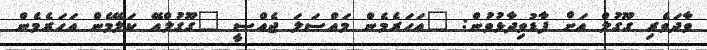
ވާދަވެރި ގޫގުލް އަށް ފާޑުވިދާޅުވުން: "އަހަރެމެން މައްސަލަ ޖެއްސީ "ގޫގުލްއޭ ކަލޭމެން އަހަރެމެން